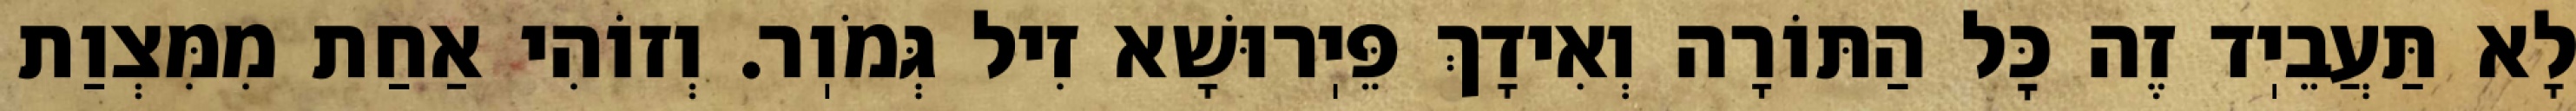
לָא תַּעֲבֵיֽד זֶה כׇּל הַתּוֹרָה וְאִידָךְ פֵּיֽרוּשָׁא זִיל גְּמֹוֽר. וְזוֹהִי אַחַת מִמִּצְוַת